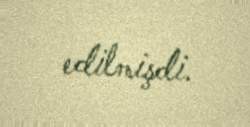
edilmişdi.